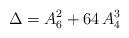
LaTeX: \begin{align*}\Delta=A_6^2+64\, A_4^3\end{align*}